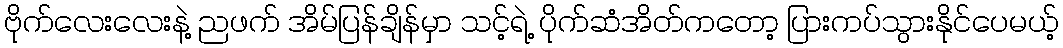
ဗိုက်လေးလေးနဲ့ ညဖက် အိမ်ပြန်ချိန်မှာ သင့်ရဲ့ ပိုက်ဆံအိတ်ကတော့ ပြားကပ်သွားနိုင်ပေမယ့်